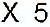
X 5